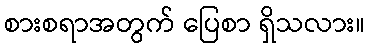
စားစရာအတွက် ပြေစာ ရှိသလား။